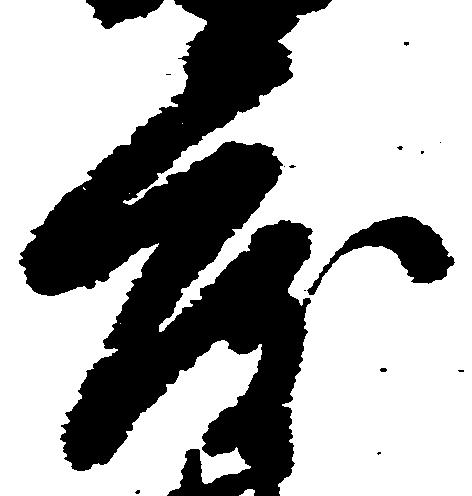
度